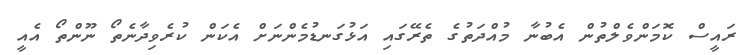
ރައީސް ކޮމަންވެލްތުން އެބުނާ މުއްދަތުގެ ތެރޭގައި އަޅުގަނޑުމެންނަށް އެކަން ކުރެވިދާނެތޯ ނޫންތޯ އެއީ